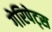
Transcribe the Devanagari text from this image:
गेरिपेट्स